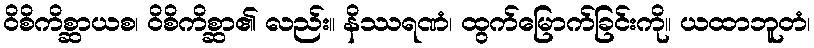
ဝိစိကိစ္ဆာယစ၊ ဝိစိကိစ္ဆာ၏ လည်း။ နိဿရဏံ၊ ထွက်မြောက်ခြင်းကို။ ယထာဘူတံ၊